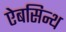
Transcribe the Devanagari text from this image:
ऐबसिन्थ